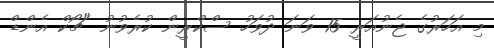
މި އަހަރުގެ ޖެނުއަރީ 15 ވަނަ ދުވަހު ސްކްރީން ކުރެވުނު "ޗޯކް އެންޑް